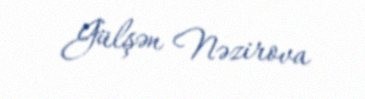
Gülşən Nəzirova